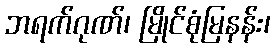
ဘရက်ဂုဏ်၊ မြိုင်စုံမြနန်း၊